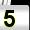
Digit: 5